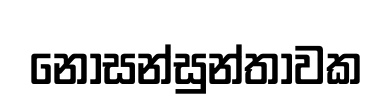
නොසන්සුන්තාවක